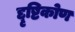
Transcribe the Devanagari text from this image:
द्दृष्टिकोण